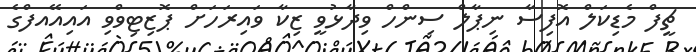
ޗީފް މެޑިކަލް އޮފިސާ ނިޕާލް ސިންހް ވިދާޅުވީ ޒިކާ ވައިރަހަށް ޕޮޒިޓިވްވި އައިއޭއފްގެ